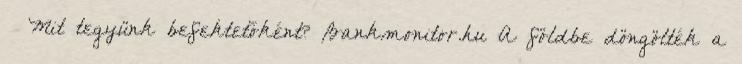
– Mit tegyünk befektetőként? Bankmonitor.hu A földbe döngölték a